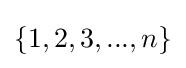
\{1,2,3,...,n\}